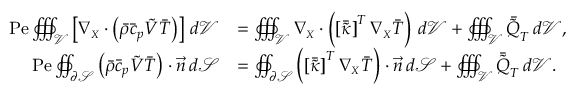
\begin{array} { r l } { \mathrm { P e } \oiiint _ { \mathcal { V } } \left[ \boldsymbol { \nabla _ { \scriptscriptstyle X } } \cdot \left( \Bar { \rho } \Bar { c } _ { p } \boldsymbol { \Tilde { V } } \Bar { T } \right) \right] \, d \mathcal { V } } & { = \oiiint _ { \mathcal { V } } \boldsymbol { \nabla _ { \scriptscriptstyle X } } \cdot \left( \left[ \boldsymbol { \Bar { \Tilde { \kappa } } } \right] ^ { T } \boldsymbol { \nabla _ { \scriptscriptstyle X } } \Bar { T } \right) \, d \mathcal { V } + \oiiint _ { \mathcal { V } } \Bar { \Tilde { Q } } _ { T } \, d \mathcal { V } , } \\ { \mathrm { P e } \oiint _ { \partial \mathcal { S } } \left( \Bar { \rho } \Bar { c } _ { p } \boldsymbol { \Tilde { V } } \Bar { T } \right) \cdot \vec { \boldsymbol { n } } \, d \mathcal { S } } & { = \oiint _ { \partial \mathcal { S } } \left( \left[ \boldsymbol { \Bar { \Tilde { \kappa } } } \right] ^ { T } \boldsymbol { \nabla _ { \scriptscriptstyle X } } \Bar { T } \right) \cdot \vec { \boldsymbol { n } } \, d \mathcal { S } + \oiiint _ { \mathcal { V } } \Bar { \Tilde { Q } } _ { T } \, d \mathcal { V } . } \end{array}